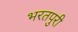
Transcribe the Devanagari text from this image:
भरतपुरी